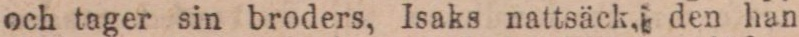
och tager sin broders, Isaks nattsäck, den han